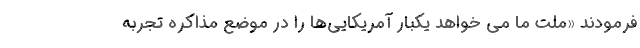
فرمودند «ملت ما می خواهد یکبار آمریکایی‌ها را در موضع مذاکره تجربه